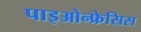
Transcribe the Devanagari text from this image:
पाइओन्फ्रेसिस